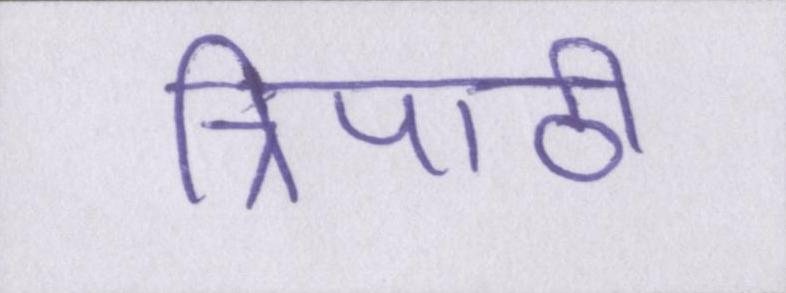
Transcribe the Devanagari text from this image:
त्रिपाठी